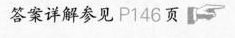
答案详解参见P146页